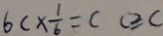
6 c \times \frac { 1 } { b } = c c \geq c